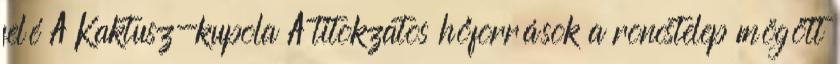
felé A Kaktusz-kupola A titokzatos hőforrások a roncstelep mögött